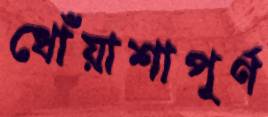
ধোঁয়াশাপূর্ণ